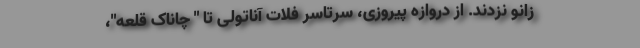
زانو نزدند. از دروازه پیروزی، سرتاسر فلات آناتولی تا " چاناک قلعه"،